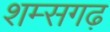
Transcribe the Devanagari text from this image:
शम्सगढ़